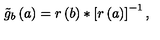
\tilde { g } _ { b } \left( a \right) = r \left( b \right) * \left[ r \left( a \right) \right] ^ { - 1 } ,